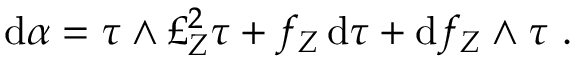
\mathrm { d } \alpha = \tau \wedge \pounds _ { Z } ^ { 2 } \tau + f _ { Z } \, \mathrm { d } \tau + \mathrm { d } f _ { Z } \wedge \tau \ .